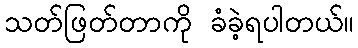
သတ်ဖြတ်တာကို ခံခဲ့ရပါတယ်။